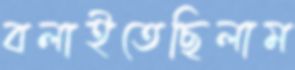
বলাইতেছিলাম